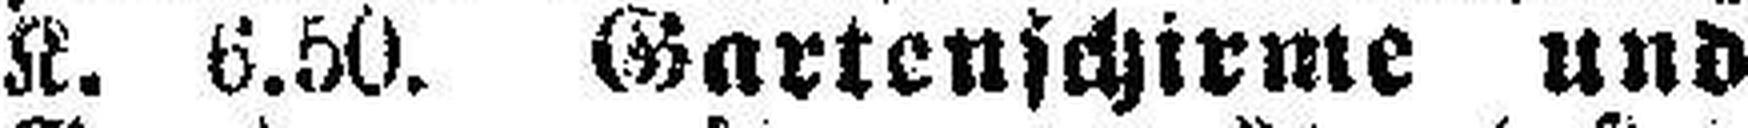
K. 6.50. Gartenschirme und